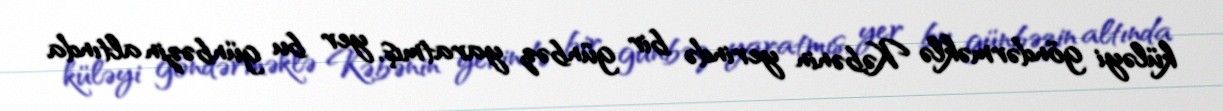
küləyi göndərməklə Kəbənin yerində bir günbəz yaratmış, yer bu günbəzin altında